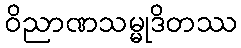
ဝိညာဏသမ္မုဒိတဿ